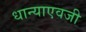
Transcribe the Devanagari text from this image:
धान्याएवजी